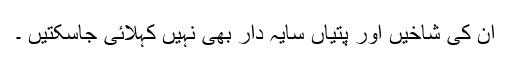
ان کی شاخیں اور پتیاں سایہ دار بھی نہیں کہلائی جاسکتیں ۔